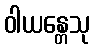
ဝါယန္တေသု